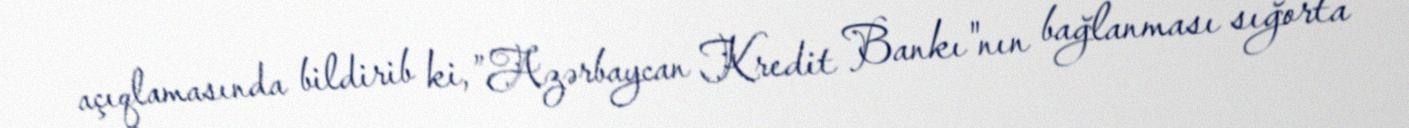
açıqlamasında bildirib ki, ”Azərbaycan Kredit Bankı"nın bağlanması sığorta